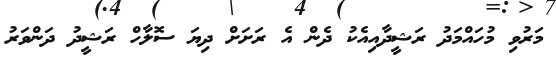
މަރުވި މުހައްމަދު ރަޝީދާއިއެކު ދެން އެ ރަށަށް ދިޔަ ސޮލާހް ރަޝީދު ދަންވަރު